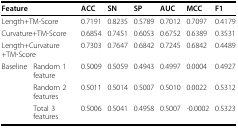
<table><thead><tr><td colspan="2"><b>Feature</b></td><td><b>ACC</b></td><td><b>SN</b></td><td><b>SP</b></td><td><b>AUC</b></td><td><b>MCC</b></td><td><b>F1</b></td></tr></thead><tbody><tr><td colspan="2">Length+TM-Score</td><td>0.7191</td><td>0.8235</td><td>0.5789</td><td>0.7012</td><td>0.7097</td><td>0.4179</td></tr><tr><td colspan="2">Curvature+TM-Score</td><td>0.6854</td><td>0.7451</td><td>0.6053</td><td>0.6752</td><td>0.6389</td><td>0.3531</td></tr><tr><td colspan="2">Length+Curvature+TM-Score</td><td>0.7303</td><td>0.7647</td><td>0.6842</td><td>0.7245</td><td>0.6842</td><td>0.4489</td></tr><tr><td>Baseline</td><td>Random 1 feature</td><td>0.5009</td><td>0.5059</td><td>0.4943</td><td>0.4997</td><td>0.0004</td><td>0.4927</td></tr><tr><td></td><td>Random 2 features</td><td>0.5011</td><td>0.5014</td><td>0.5007</td><td>0.5010</td><td>0.0022</td><td>0.5312</td></tr><tr><td></td><td>Total 3 features</td><td>0.5006</td><td>0.5041</td><td>0.4958</td><td>0.5007</td><td>-0.0002</td><td>0.5323</td></tr></tbody></table>